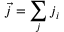
{ \vec { j } } = \sum _ { j } j _ { i }